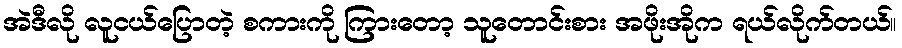
အဲဒီလို လူငယ်ပြောတဲ့ စကားကို ကြားတော့ သူတောင်းစား အဖိုးအိုက ရယ်လိုက်တယ်။